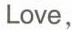
Love,